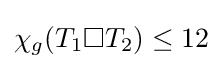
\chi _{g}(T_{1}\square T_{2})\leq 12